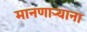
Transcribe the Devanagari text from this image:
मानणार्‍याना